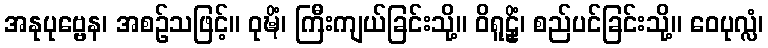
အနုပုဗ္ဗေန၊ အစဉ်သဖြင့်။ ဝုဍ္ဎိံ၊ ကြီးကျယ်ခြင်းသို့။ ဝိရူဠှိံ၊ စည်ပင်ခြင်းသို့။ ဝေပုလ္လံ၊